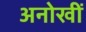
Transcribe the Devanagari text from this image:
अनोखीं